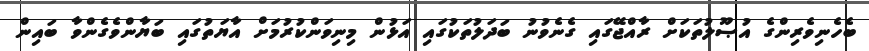
ބެހެނިވެރިންގެ އުޞޫލުތަކަށް ރާއްޖޭގައި ގެނެވުނު ބަދަލުތަކުގައި އަޅުން މިނިވަންކުރުމަށް އާޔަތުގައި ބަޔާންވެގެންވާ ބައިން